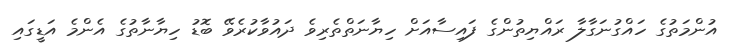
އުންމަތުގެ ހައްގުނަގާލާ ރައްޔިތުންގެ ފައިސާއަށް ހިޔާނަތްތެރިވެ ދައުވާކުރެވޭ ބޮޑު ހިޔާނާތުގެ އެންމެ އަޑީގައި